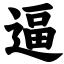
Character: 逼